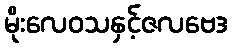
မိုးလေဝသနှင့်ဇလဗေဒ